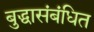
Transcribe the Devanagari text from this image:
बुद्धासंबंधित